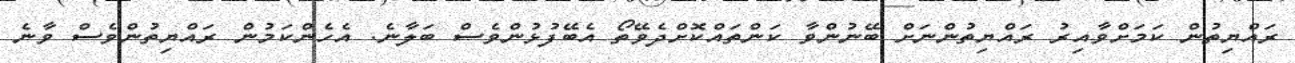
ރައްޔިތުން ކަމަށްވާއިރު ރައްޔިތުންނަށް ބޭނުންވާ ކަންތައްކޮށްދެވޭތޯ އެބޭފުޅުންވެސް ބަލާނެ. އެހެންކަމުން ރައްޔިތުންވެސް ވާނެ